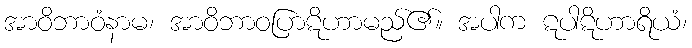
အာဝိဘာဝံနာမ၊ အာဝိဘာဝပြာဋိဟာမည်၏။ အပါက ဋပါဋိဟာရိယံ၊